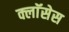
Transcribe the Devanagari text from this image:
क्लाॅसेस